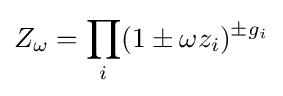
Z_{\omega }=\prod _{i}(1\pm \omega z_{i})^{\pm g_{i}}